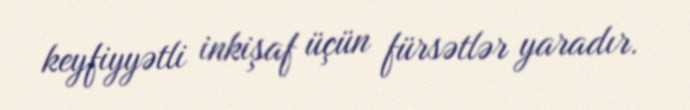
keyfiyyətli inkişaf üçün fürsətlər yaradır.